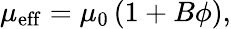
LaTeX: \mu_{\mathrm{eff}}=\mu_{0}\left(1+B\phi\right),